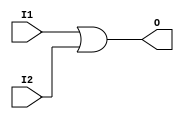
module libhdl_or2
(   output wire O,
    input  wire I1,
    input  wire I2);

assign O = I1 | I2;

endmodule